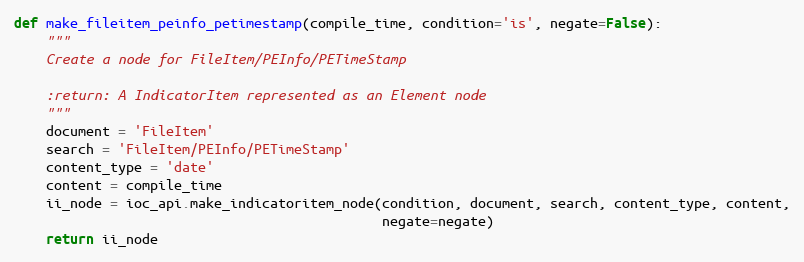
Language: Python
def make_fileitem_peinfo_petimestamp(compile_time, condition='is', negate=False):
    """
    Create a node for FileItem/PEInfo/PETimeStamp

    :return: A IndicatorItem represented as an Element node
    """
    document = 'FileItem'
    search = 'FileItem/PEInfo/PETimeStamp'
    content_type = 'date'
    content = compile_time
    ii_node = ioc_api.make_indicatoritem_node(condition, document, search, content_type, content,
                                              negate=negate)
    return ii_node